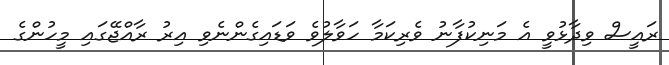
ރައީސް ވިދާޅުވީ އެ މަނިކުފާނު ވެރިކަމާ ހަވާލުވެ ވަޑައިގެންނެވި އިރު ރާއްޖޭގައި މީހުންގެ